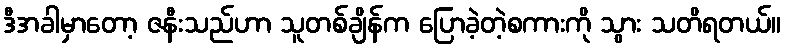
ဒီအခါမှာတော့ ဇနီးသည်ဟာ သူတစ်ချိန်က ပြောခဲ့တဲ့စကားကို သွား သတိရတယ်။